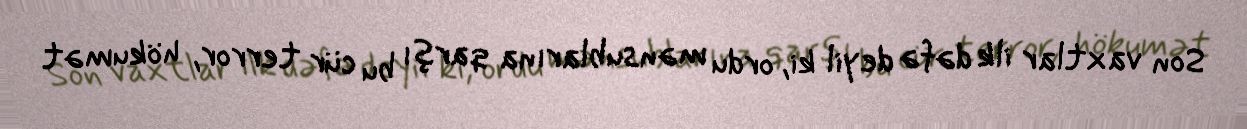
Son vaxtlar ilk dəfə deyil ki, ordu mənsublarına qarşı bu cür terror, hökumət